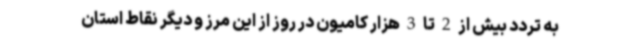
به تردد بیش از 2 تا 3 هزار کامیون در روز از این مرز و دیگر نقاط استان